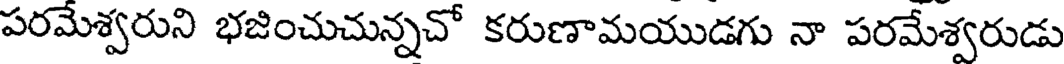
పరమేశ్వరుని భజించుచున్నచో కరుణామయుడగు నా పరమేశ్వరుడు